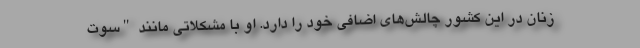
زنان در این کشور چالش‌های اضافی خود را دارد. او با مشکلاتی مانند "سوت